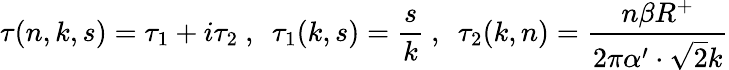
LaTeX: \tau(n,k,s)=\tau_{1}+i\tau_{2}~,~~\tau_{1}(k,s)=\frac{s}{k}~,~~\tau_{2}(k,n)=\frac{n\beta R^{+}}{2\pi\alpha^{\prime}\cdot\sqrt{2}k}